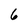
Character: 6